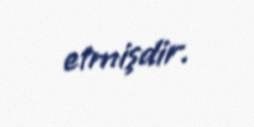
etmişdir.